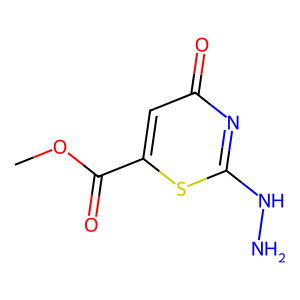
SMILES: COC(=O)c1cc(=O)nc(NN)s1
Inhibits HIV replication: No